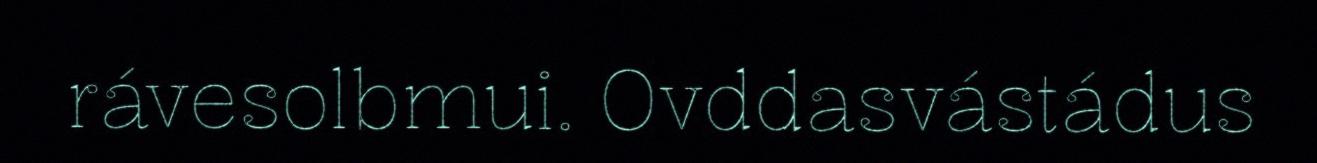
rávesolbmui. Ovddasvástádus